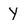
Character: Y